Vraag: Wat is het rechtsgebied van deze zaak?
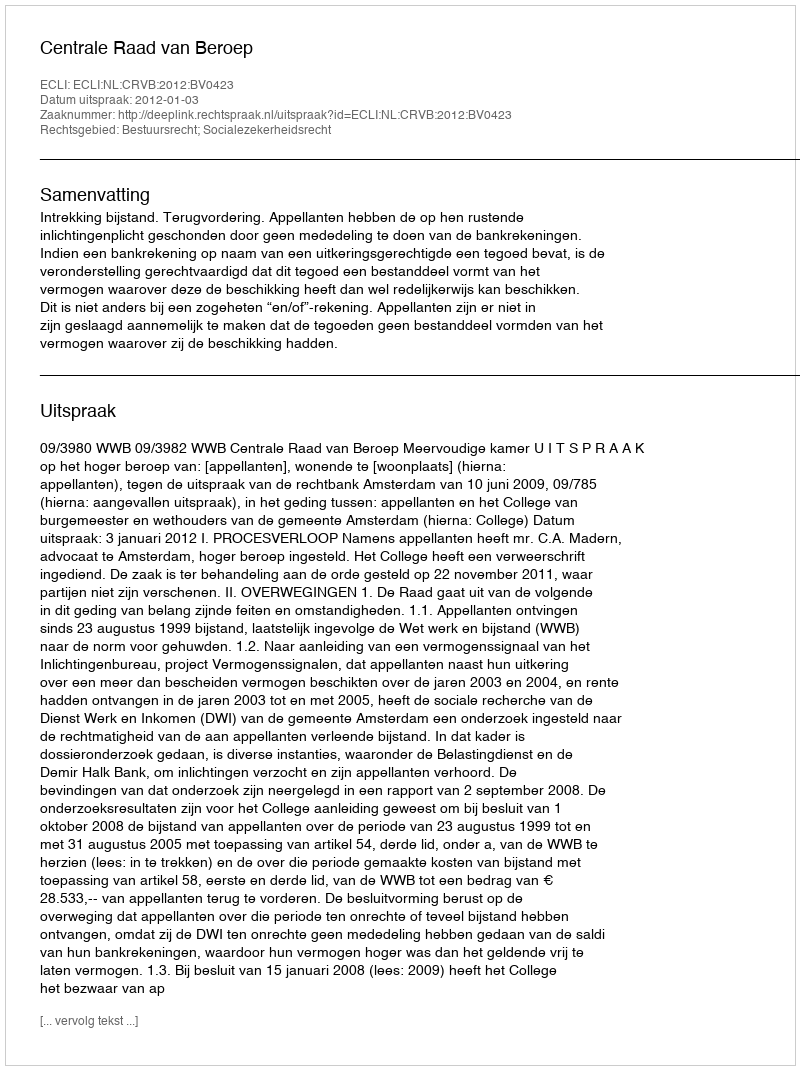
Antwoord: Bestuursrecht; Socialezekerheidsrecht